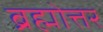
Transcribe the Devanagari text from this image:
ब्रह्मोत्तर